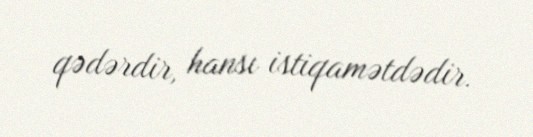
qədərdir, hansı istiqamətdədir.